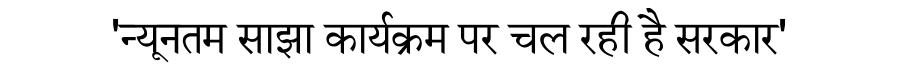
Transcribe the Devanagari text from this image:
'न्यूनतम साझा कार्यक्रम पर चल रही है सरकार'